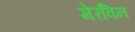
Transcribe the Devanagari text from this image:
मेरविन